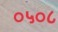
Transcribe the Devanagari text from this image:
०५०८